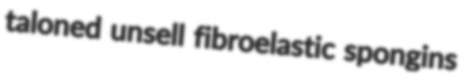
taloned unsell fibroelastic spongins